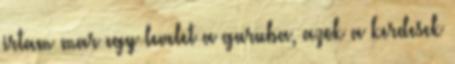
irtam mar egy levelet a guruba, azok a kerdesek